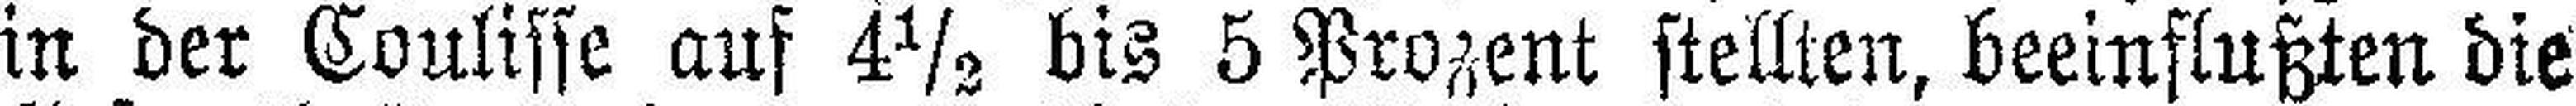
in der Coulisse auf 4½ bis 5 Prozent stellten, beeinflußten die